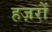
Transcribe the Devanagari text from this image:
हज़रों